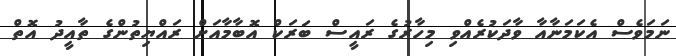
ނަމަވެސް އެކަމަނާއާ ވާދަކުރެއްވި މިހާރުގެ ރައީސް ބަރަކް އޮބާމާއަށް ރައްޔިތުންގެ ތާއީދު އޮތް